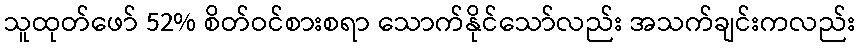
သူထုတ်ဖော် 52% စိတ်ဝင်စားစရာ သောက်နိုင်သော်လည်း အသက်ချင်းကလည်း